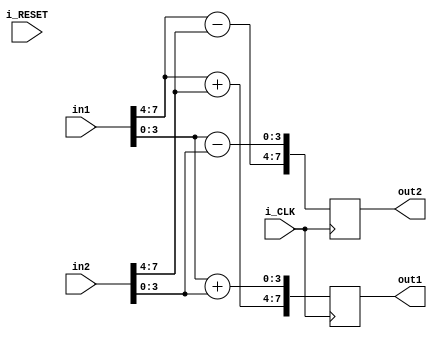
module butterfly_sum #(parameter WORD_SZ = 8)
    (
            i_CLK,
            i_RESET,
            in1,
            in2,
            out1,
            out2
    );

    // Declaration of port types
    input wire i_CLK, i_RESET;
    input wire [WORD_SZ-1:0] in1; 
    input wire [WORD_SZ-1:0] in2; 
    output reg [WORD_SZ-1:0] out1;
    output reg [WORD_SZ-1:0] out2;

    // Useful constant for splitting registers in half
    parameter midpoint = WORD_SZ/2;

    // Internal wires for aiding in complex math
    wire [WORD_SZ/2-1:0] in_real1 = in1[WORD_SZ-1:midpoint];
    wire [WORD_SZ/2-1:0] in_real2 = in2[WORD_SZ-1:midpoint];
    wire [WORD_SZ/2-1:0] in_imag1 = in1[midpoint-1:0];
    wire [WORD_SZ/2-1:0] in_imag2 = in2[midpoint-1:0];

    always @ (posedge i_CLK) begin
        out1[WORD_SZ-1:midpoint] <= in_real1 + in_real2;    // Real part of output
        out1[midpoint-1:0] <= in_imag1 + in_imag2;          // Imaginary part of first output

        out2[WORD_SZ-1:midpoint] <= in_real1 - in_real2;    // Real part of output
        out2[midpoint-1:0] <= in_imag1 - in_imag2;          // Imaginary part of first output
    end
endmodule